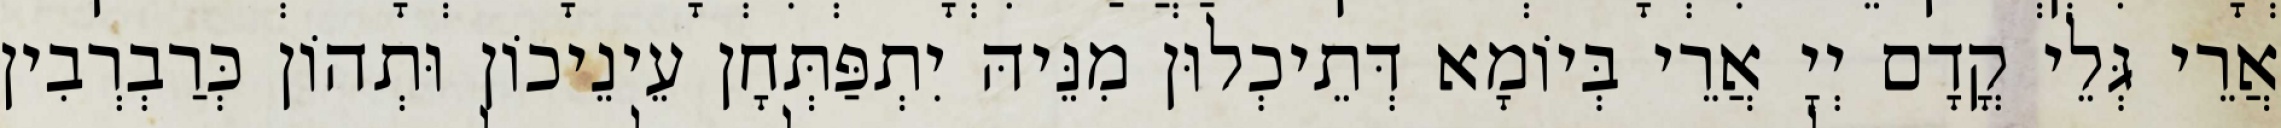
אֲרֵי גְּלֵי קֳדָם יְיָ אֲרֵי בְּיוֹמָא דְּתֵיכְלוּן מִנֵּיהּ יִתְפַּתְּחָן עֵינֵיכוֹן וּתְהוֹן כְּרַבְרְבִין